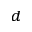
^ d